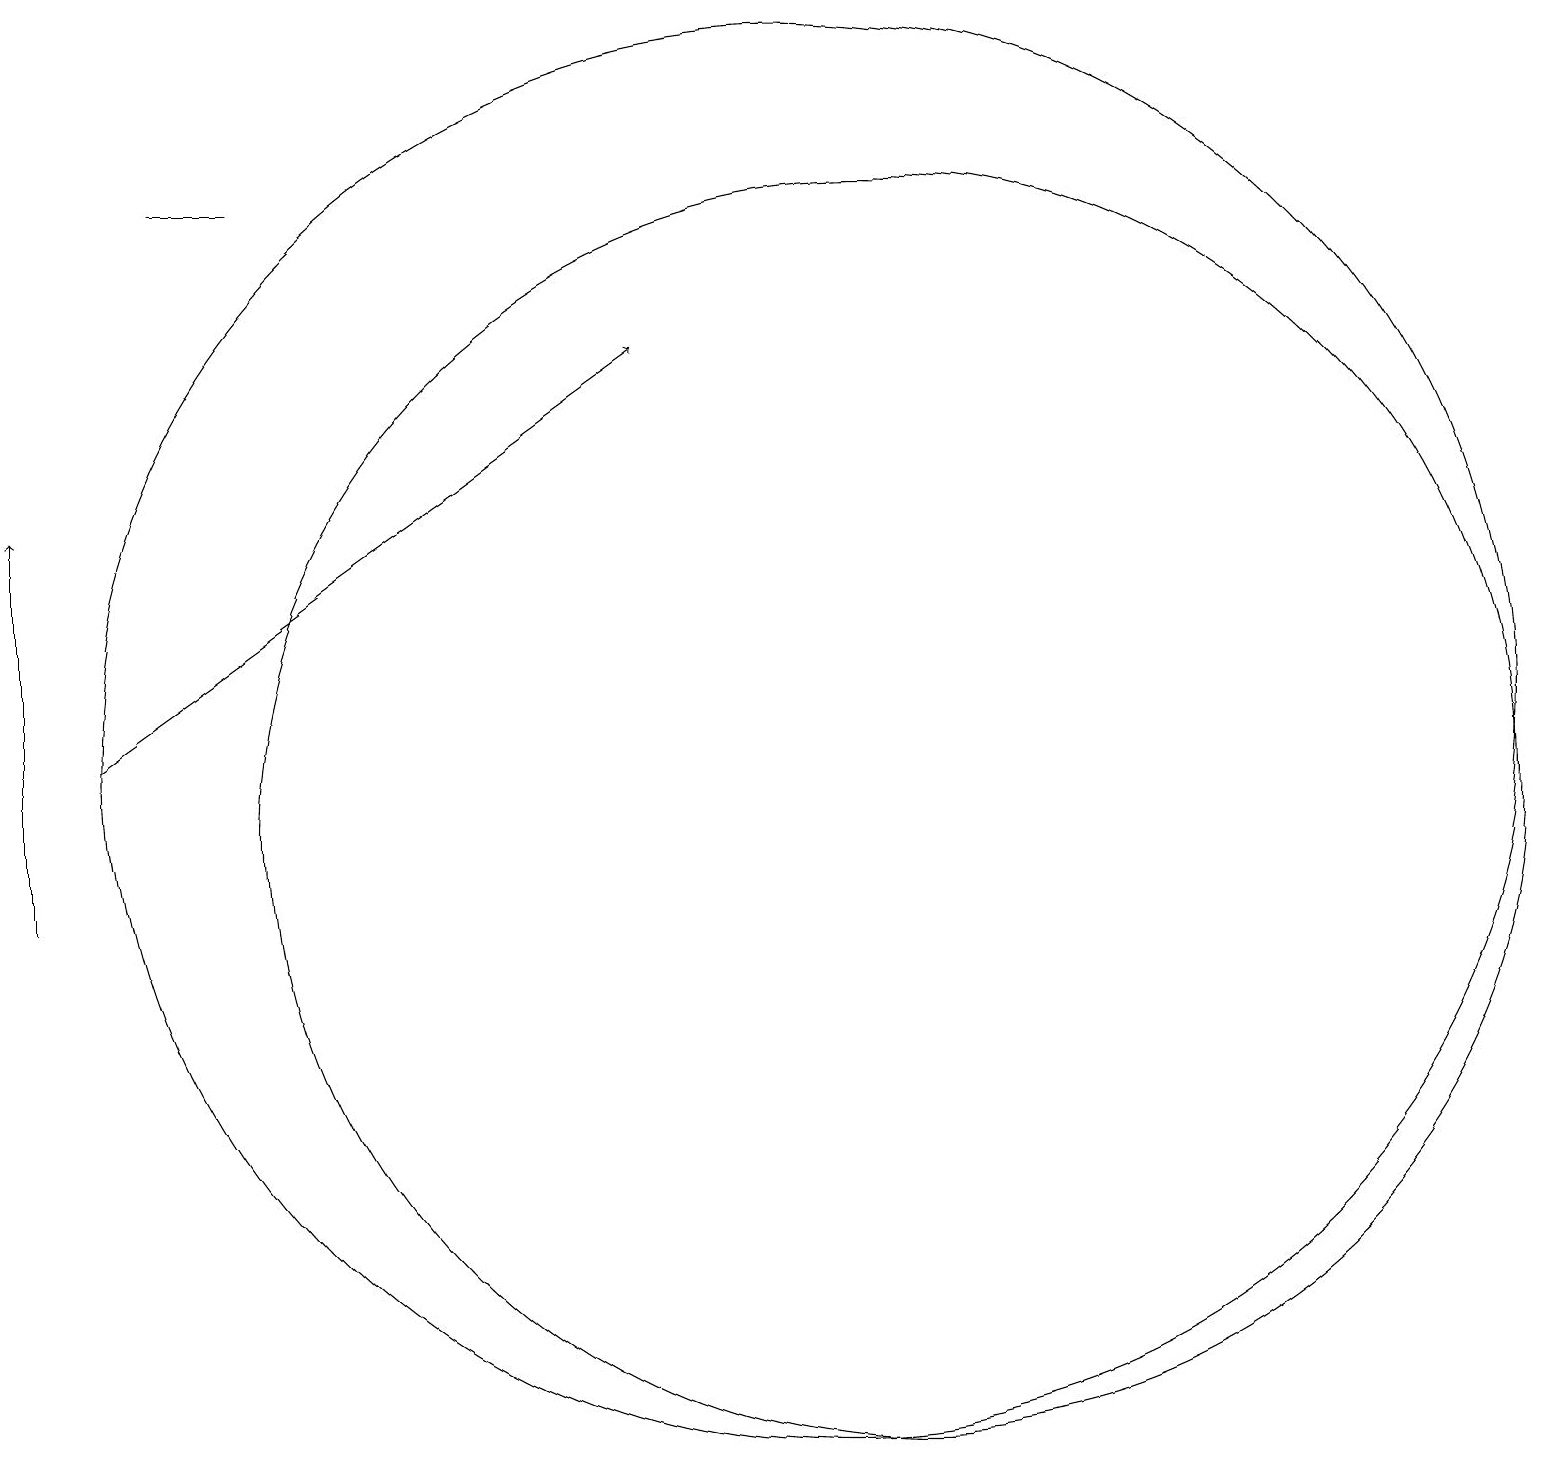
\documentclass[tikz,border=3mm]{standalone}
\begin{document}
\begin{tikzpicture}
\draw (2,19) rectangle (3,19);
\draw (10,12) circle (0);
\draw (11,11) circle (8);
\draw (10,12) circle (9);
\draw[->] (0,10) -- (0,15);
\draw[->] (1,12) -- (8,17);
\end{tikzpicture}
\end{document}